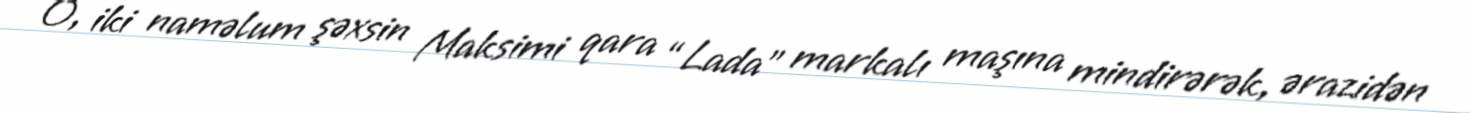
O, iki naməlum şəxsin Maksimi qara “Lada” markalı maşına mindirərək, ərazidən